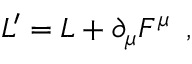
L ^ { \prime } = L + \partial _ { \mu } F ^ { \mu } \, \, \, ,